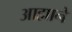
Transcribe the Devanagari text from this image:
आह्माने